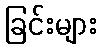
ခြင်းများ